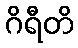
ဂိရီတိ